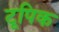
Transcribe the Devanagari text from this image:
टूपिक